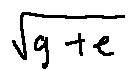
\sqrt { g + e }